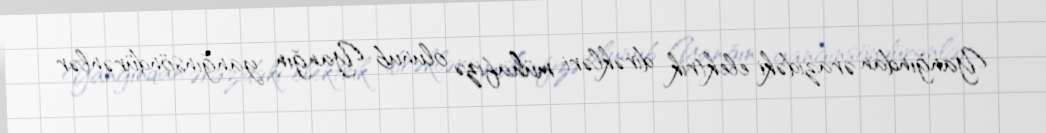
Yanğından ərazidəki elektrik dirəkləri mühafizə olunub Yanğın yanğınsöndürənlər